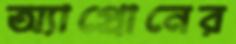
অ্যাপ্রোনের